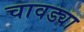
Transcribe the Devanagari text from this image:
चावड्या